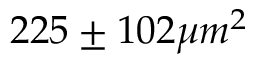
2 2 5 \pm 1 0 2 \mu m ^ { 2 }